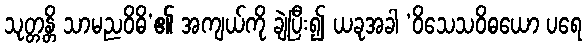
သုတ္တန္တိ သာမညဝိဓိ’၏ အကျယ်ကို ချဲ့ပြီး၍ ယခုအခါ ‘ဝိသေသဝိဓယော ပရေ